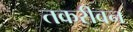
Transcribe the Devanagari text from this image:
तकरीवन